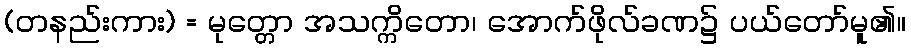
(တနည်းကား) = မုတ္တော အသက္ကိတော၊ အောက်ဖိုလ်ခဏ၌ ပယ်တော်မူ၏။